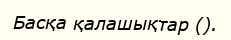
Басқа қалашықтар ().